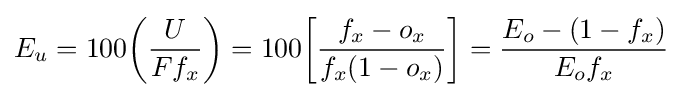
E_{u}=100{\left({\frac {U}{Ff_{x}}}\right)}=100{\left[{\frac {f_{x}-o_{x}}{f_{x}(1-o_{x})}}\right]}={\frac {E_{o}-(1-f_{x})}{E_{o}f_{x}}}